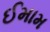
ઈમામ